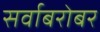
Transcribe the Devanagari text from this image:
सर्वाबरोबर